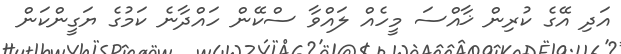
އަދި އޭގެ ކުރިން ޚާއްސަ މީހެއް ލައްވާ ސްކޭން ހައްދާނެ ކަމުގެ ޔަގީންކަން